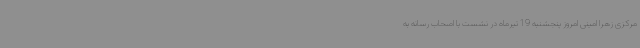
مرکزی زهرا امینی امروز پنجشنبه 19 تیرماه در نشست با اصحاب رسانه به